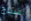
اشباح